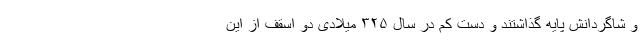
و شاگردانش پایه گذاشتند و دست کم در سال ۳۲۵ میلادی دو اسقف از این